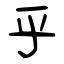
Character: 乎